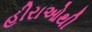
હીરાઓથી